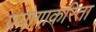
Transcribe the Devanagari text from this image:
प्रयोगाकरिता